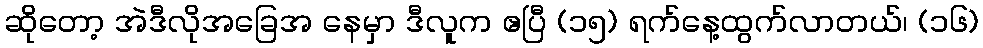
ဆိုတော့ အဲဒီလိုအခြေအ နေမှာ ဒီလူက ဧပြီ (၁၅) ရက်နေ့ထွက်လာတယ်၊ (၁၆)